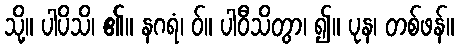
သို့။ ပါပိသိ၊ ၏။ နဂရံ၊ ဝ်။ ပါဝီသိတွာ၊ ၍။ ပုန၊ တစ်ဖန်။